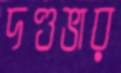
দণ্ডভার